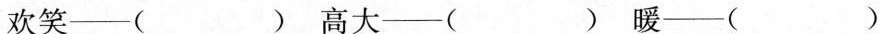
欢笑—( )高大—( )暖—()